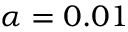
\alpha = 0 . 0 1